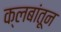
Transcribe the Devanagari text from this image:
क्लबांतून